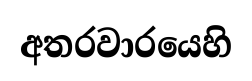
අතරවාරයෙහි